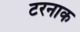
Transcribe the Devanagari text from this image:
टरनाक